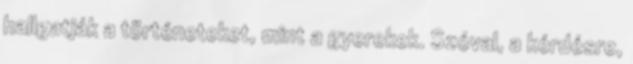
hallgatják a történeteket, mint a gyerekek. Szóval, a kérdésre,